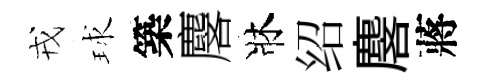
戎球築麐牀绍麐蔣